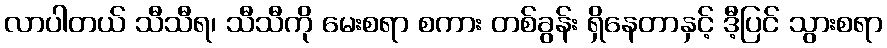
လာပါတယ် သီသီရ၊ သီသီကို မေးစရာ စကား တစ်ခွန်း ရှိနေတာနှင့် ဒီ့ပြင် သွားစရာ